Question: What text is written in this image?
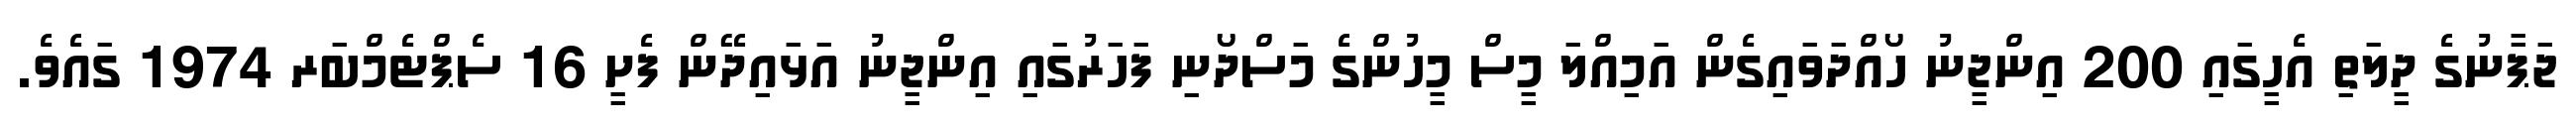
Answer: ޖަޕާނުގެ ދީލަތި އެހީގައި 200 އިންޖީނު ހޯއްދަވައިގެން އަމިއްލަ މީސް މީހުންގެ މަސްދޯނި ފަހަރުގައި އިންޖީނު އަޅައިދޭން ފެށީ 16 ސެޕްޓެމްބަރ 1974 ގައެވެ.